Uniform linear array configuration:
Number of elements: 32
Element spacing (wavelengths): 0.5
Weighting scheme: hamming
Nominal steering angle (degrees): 0
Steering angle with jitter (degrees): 1.896
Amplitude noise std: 0.05
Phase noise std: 0.05

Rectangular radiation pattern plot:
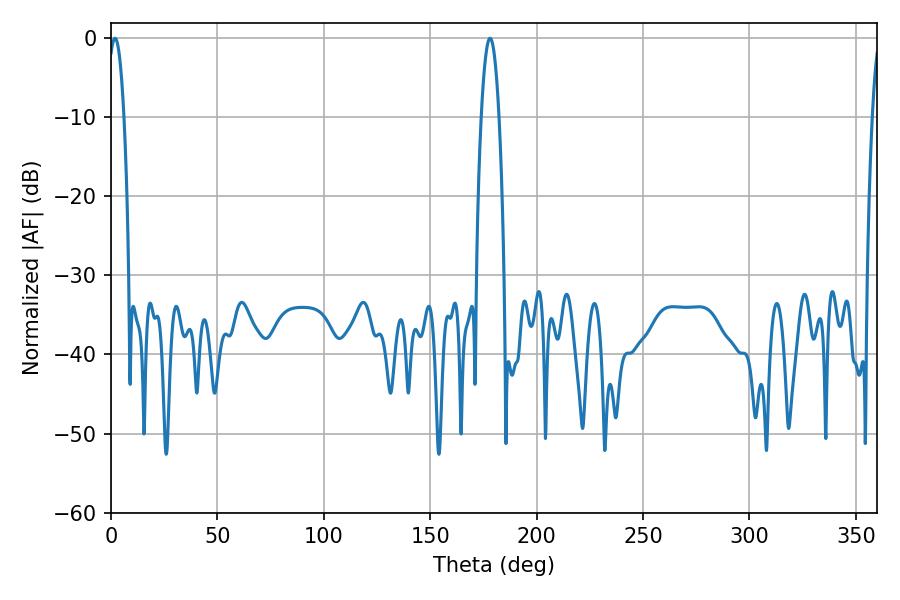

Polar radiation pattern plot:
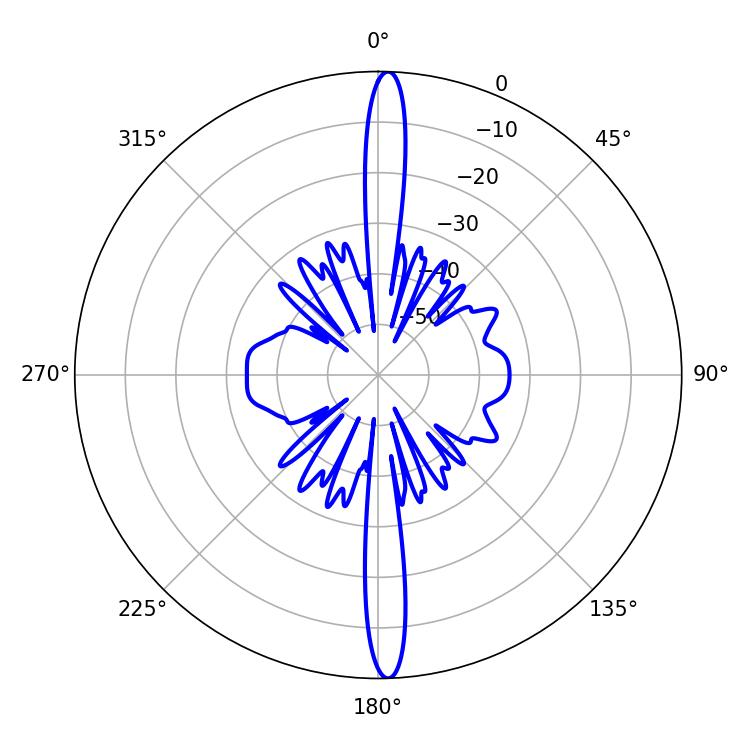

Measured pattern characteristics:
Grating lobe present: FALSE
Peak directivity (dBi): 25.421
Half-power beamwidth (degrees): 4.14
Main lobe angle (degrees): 1.8